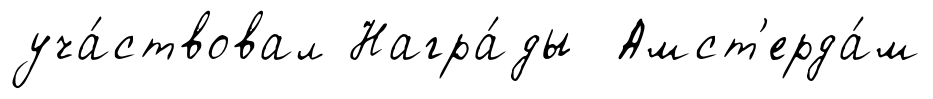
уча́ствовал Награ́ды Амст'ерда́м